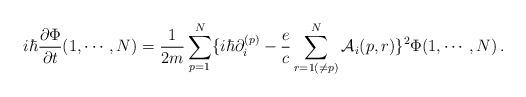
LaTeX: \begin{align*}i\hbar {\partial\Phi \over \partial t} (1, \cdots, N)= {1 \over 2m} \sum^N_{p=1} \{i\hbar \partial_i^{(p)} - {e \over c}\sum^N_{r=1(\ne p)} {\cal A}_i (p,r) \}^2\Phi(1, \cdots, N)\,. \end{align*}